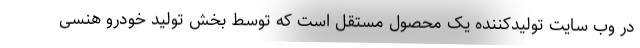
در وب سایت تولیدکننده یک محصول مستقل است که توسط بخش تولید خودرو هنسی